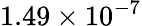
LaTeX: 1.49\times{{10}^{-7}}